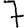
Digit: 7